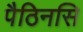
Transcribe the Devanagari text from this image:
पैठिनसि